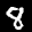
Label: 8